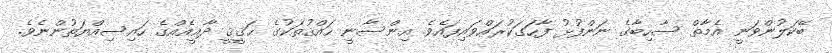
ބޭކަލުންވަނީ އެމާތް ސާހިބާގެ ނަންފުޅު ފާހަގަކުރައްވައިފައެވެ. އިންސާނީ ޙައްޤުތަކުގެ ޙަޤީޤީ ދާޢީއެއްގެ ހައިސިއްޔަތުންނެވެ.